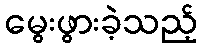
မွေးဖွားခဲ့သည့်